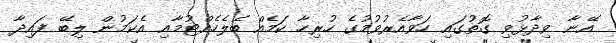
އޭނާ ވިދާޅުވި ގޮތުގައި ހަވާއެރުވުމުގެ ހުރިހާ ކަމެއް ބެލެެހެއްޓުމާއި އެކަމުން ލިބޭ ފައިދާ